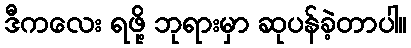
ဒီကလေး ရဖို့ ဘုရားမှာ ဆုပန်ခဲ့တာပါ။